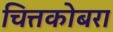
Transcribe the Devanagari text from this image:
चित्तकोबरा